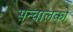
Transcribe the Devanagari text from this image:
सन्चालकों